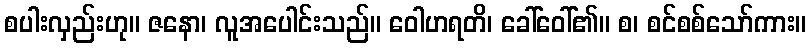
စပါးလှည်းဟု။ ဇနော၊ လူအပေါင်းသည်။ ဝေါဟရတိ၊ ခေါ်ဝေါ်၏။ စ၊ စင်စစ်သော်ကား။